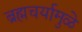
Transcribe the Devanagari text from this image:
ब्रह्मचर्यामुळे